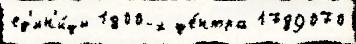
ед'ин'и́цы 1800-х це́нтра 1789070